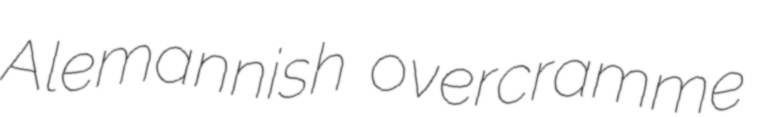
Alemannish overcramme